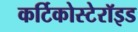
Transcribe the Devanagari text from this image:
कर्टिकोस्टेरॉइड